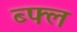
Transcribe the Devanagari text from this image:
ब्फ्ल